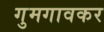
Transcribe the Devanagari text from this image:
गुमगावकर